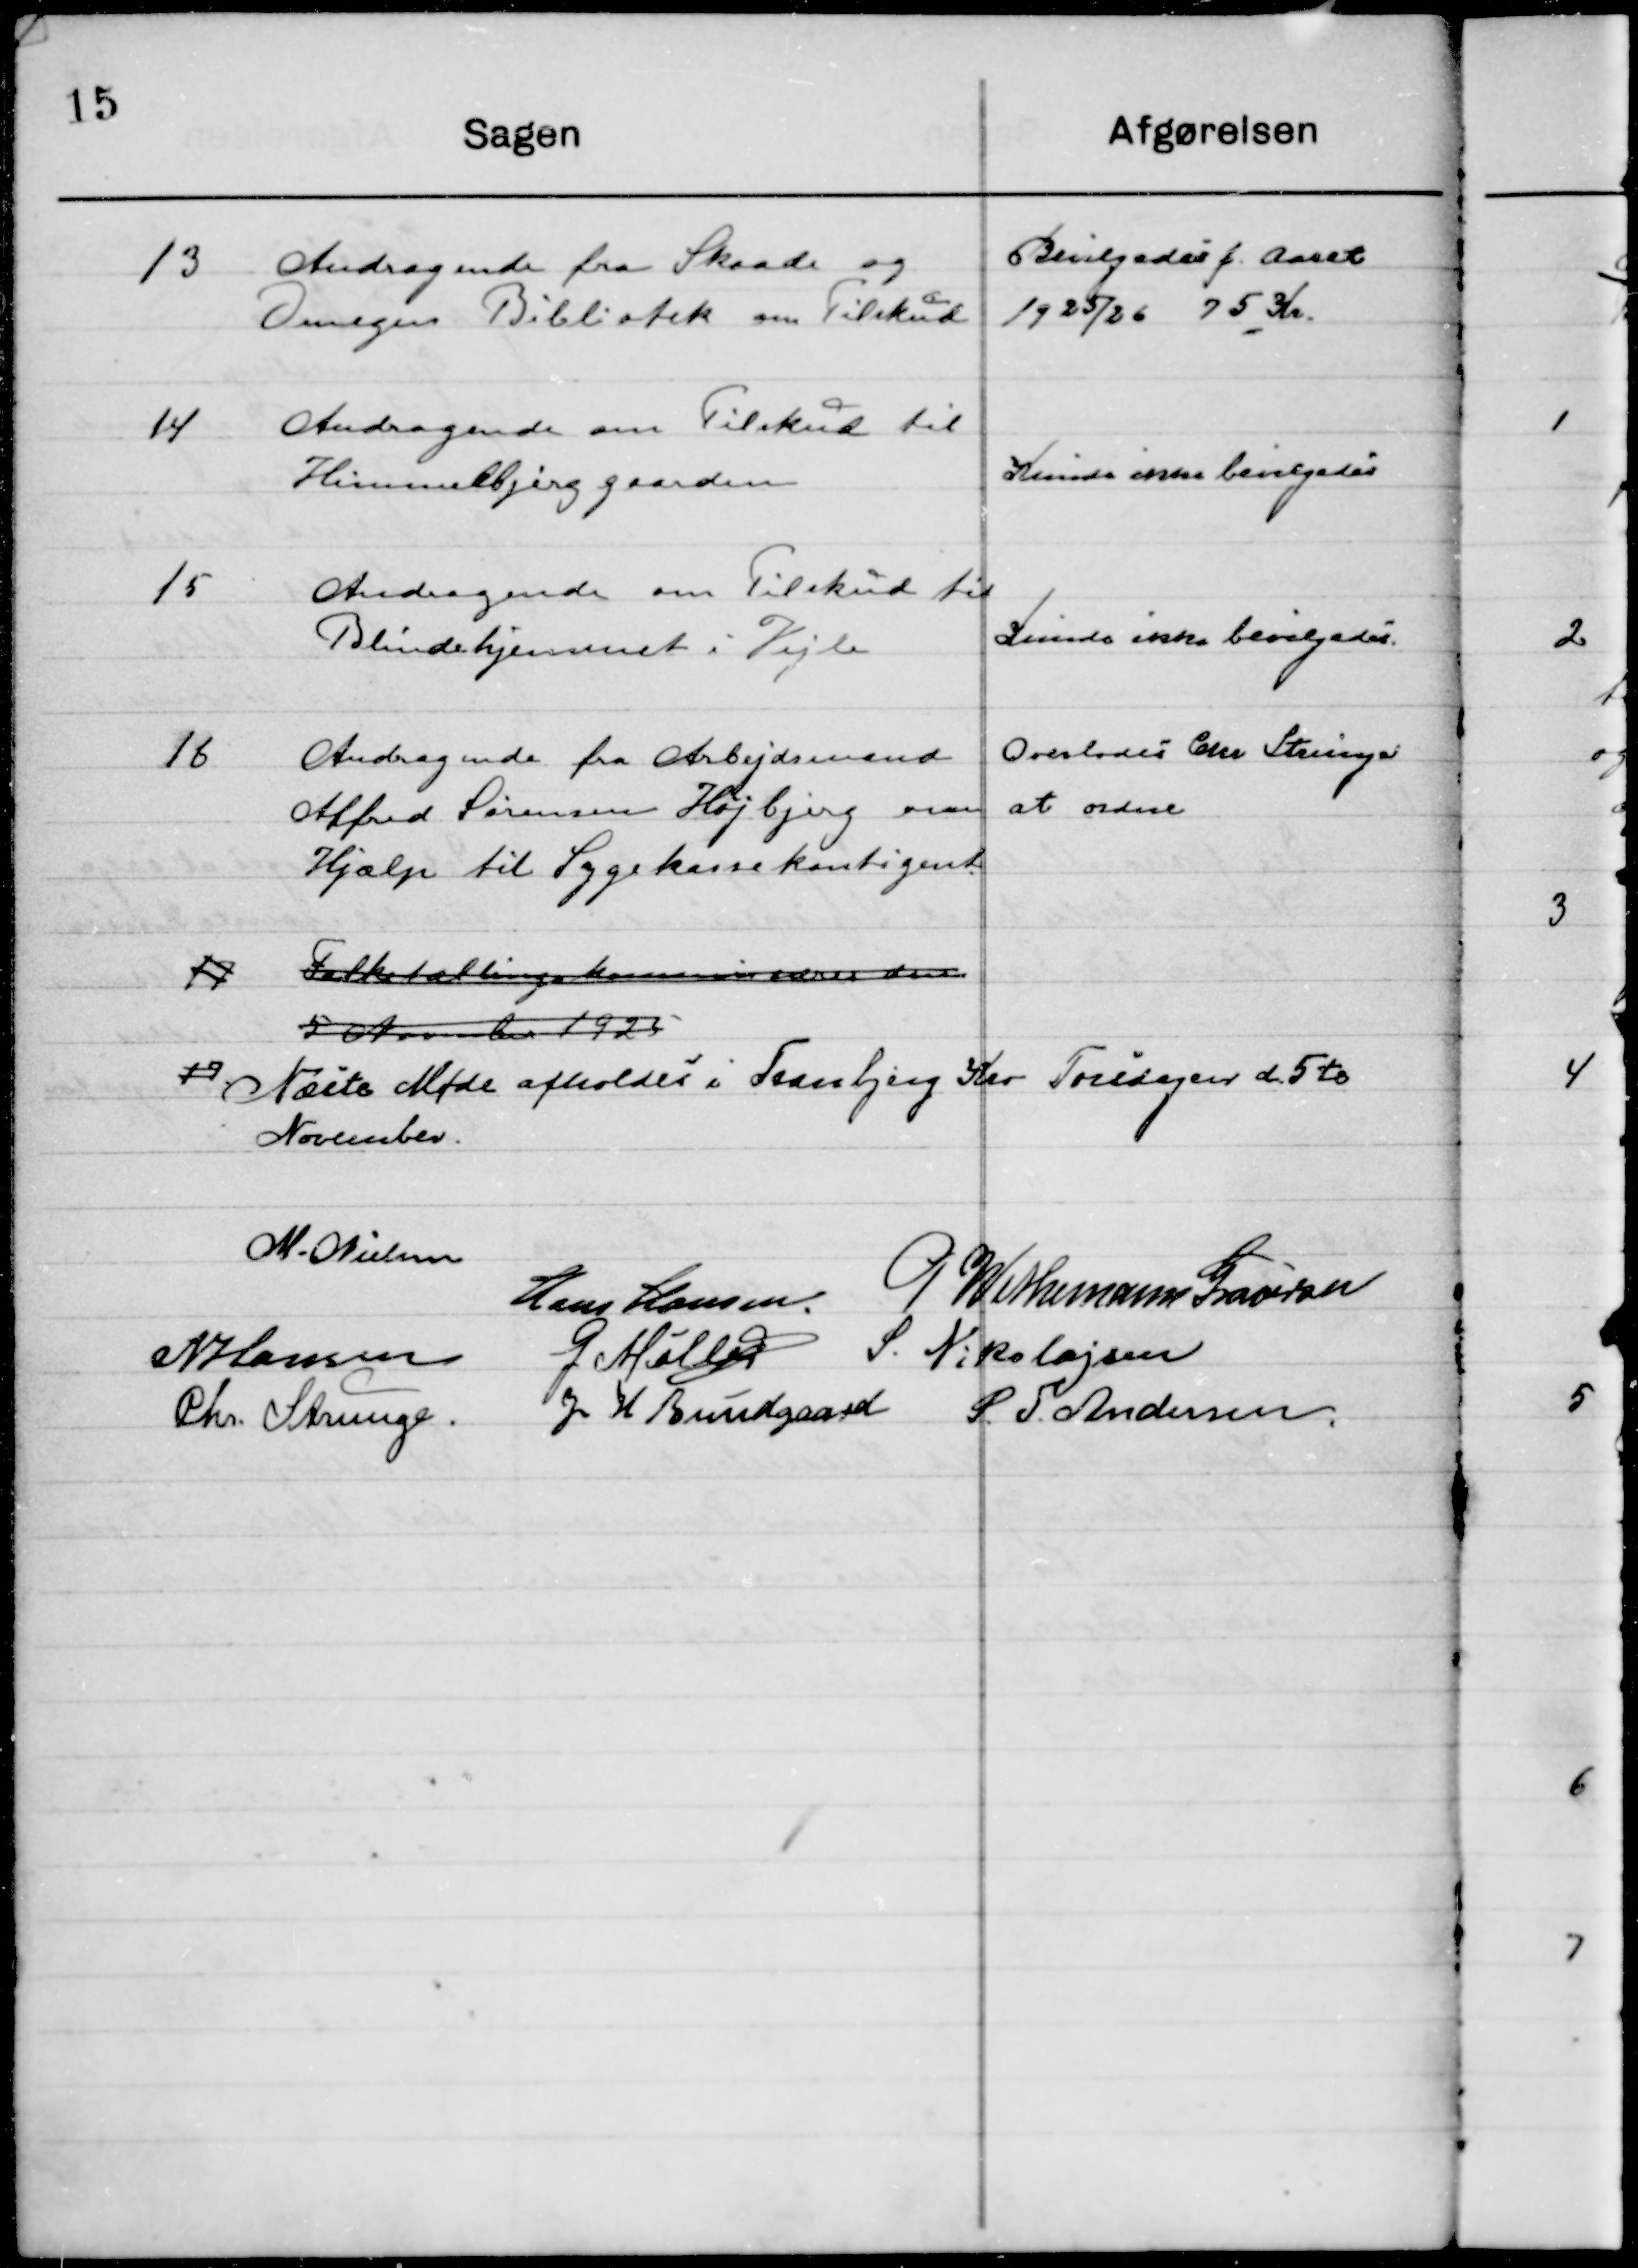
Transskription:
13

Andragende fra Skaade og
Omegns Bibliotek om Tilskud

Bevilgedes f. Aaret .
1925/26 75 Kr.

14

Andragende om Tilskud til
Himmelbjerggaarden.

Kunde ikke bevilgedes

15

Andragende om Tilskud til 
Blindehjemmet i Vejle

Kunde ikke bevilgedes

16

Andragende fra arbejdsmand
Alfred Sørensen Højbjerg om
Hjælp til Sygekassekontingent.

Overlodes Chr. Strunge
at ordne.

17

Folketællings kommissionen den
5 November 1923

17

Næste Møde afholdes i Tranbjerg  Kro Torsdagen d. 5te  
November.

M. Nielsen
Hans Hansen
P. Wethemann Graversen
N. Hansen
G. Møller
S. Nikolajsen
Chr. Strunge
J. H. Bundgaard
S. F. Andersen